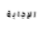
الإجابة